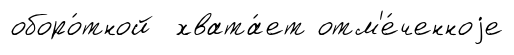
оборо́тной хвата́ет отм'е́ченноjе